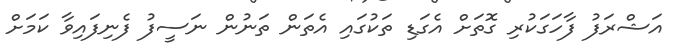
އަޝްރަފު ފާހަގަކުރި ގޮތަށް އެގަޑި ތަކުގައި އެތަން ތަނުން ނަސީފު ފެނިފައިވާ ކަމަށް